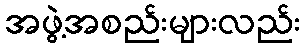
အဖွဲ့အစည်းများလည်း